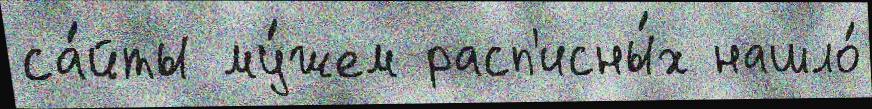
са́йты му́жем расп'исны́х нашло́